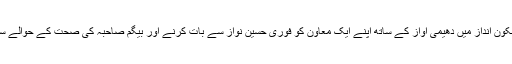
انہوں نے اپنے حواس برقرا رکھتے ہوئے پرسکون انداز میں دھیمی آواز کے ساتھ اپنے ایک معاون کو فوری حسین نواز سے بات کرنے اور بیگم صاحبہ کی صحت کے حوالے سے تازہ ترین کیفیت معلوم کرنے کے لئے کہا۔